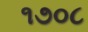
૧૭૦૮